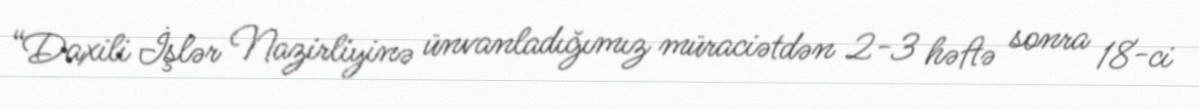
“Daxili İşlər Nazirliyinə ünvanladığımız müraciətdən 2-3 həftə sonra 18-ci